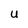
Character: U